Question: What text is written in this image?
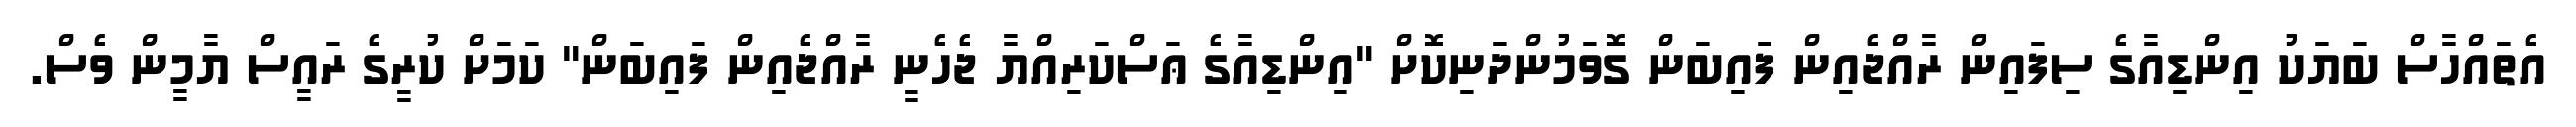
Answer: އެތައްހާސް ބަޔަކު އިންޑިއާގެ ސިފައިން ރާއްޖެއިން ފައިބަން ގޮވަމުންދަނިކޮށް "އިންޑިއާގެ ޢަސްކަރިއްޔާ ޖެހެނީ ރާއްޖެއިން ފައިބަން" ކަމަށް ކުރީގެ ރައީސް ޔާމީން ވެސް.